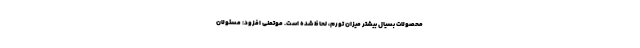
محصولات بسیال بیشتر میزان تورم، لحاظ شده است. موتمنی افزود: مسئولان